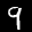
Label: 9